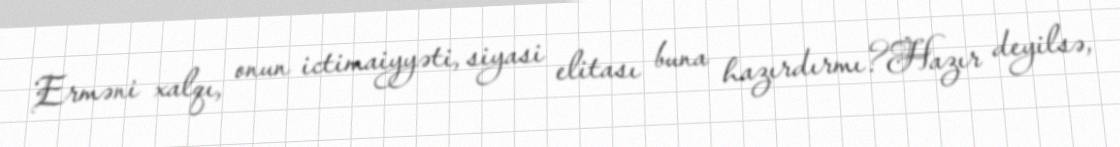
Erməni xalqı, onun ictimaiyyəti, siyasi elitası buna hazırdırmı?Hazır deyilsə,